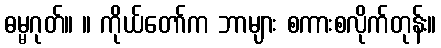
ဓမ္မဂုတ်။ ။ ကိုယ်တော်က ဘာများ စကားစလိုက်တုန်း။